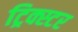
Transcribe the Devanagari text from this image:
ट्रिक्स्टर